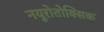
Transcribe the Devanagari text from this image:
नयूरोतोक्सिक